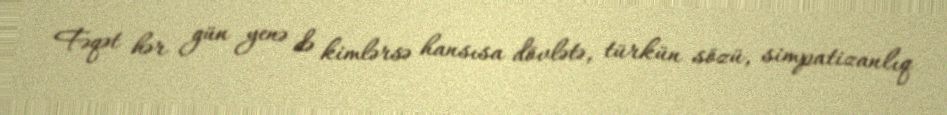
Fəqət hər gün yenə də kimlərsə hansısa dövlətə, türkün sözü, simpatizanlıq